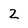
Character: 2